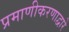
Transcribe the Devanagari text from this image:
प्रमाणीकरणाद्वारे